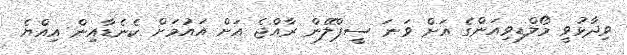
ވިދާޅުވީ މޯލްޑިވިއަންގެ އަށް ވަނަ ސީޕްލޭން ރާއްޖެ އަށް އައުމަށް ކެނެޑާއިން އިއްޔެ